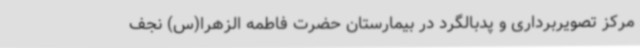
مرکز تصویربرداری و پدبالگرد در بیمارستان حضرت فاطمه الزهرا(س) نجف